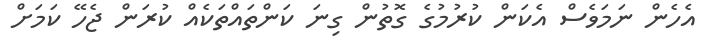
އެހެން ނަމަވެސް އެކަން ކުރުމުގެ ގޮތުން ގިނަ ކަންތައްތަކެއް ކުރަން ޖެހޭ ކަމަށް